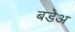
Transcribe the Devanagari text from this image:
बडेअ